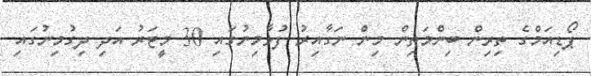
ޕޯޑިއަމްގެ ތިރިން ބިންމަތިން މިން ނަގާއިރު ފުޅާމިނުގައި 30 މީޓަރު އަދި ދިގުމިނުގައި